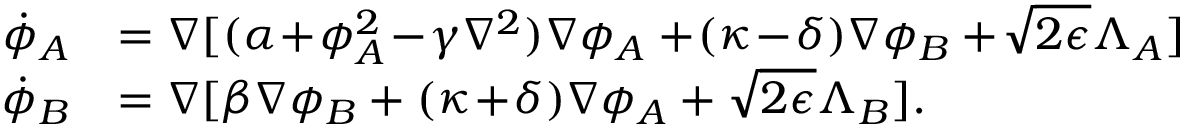
\begin{array} { r l } { \! \dot { \phi } _ { A } } & { = \nabla [ ( \alpha \! + \! \phi _ { A } ^ { 2 } \! - \! \gamma \nabla ^ { 2 } ) \nabla \phi _ { A } + \! ( \kappa \! - \! \delta ) \nabla \phi _ { B } + \! \sqrt { 2 \epsilon } \Lambda _ { A } ] } \\ { \! \dot { \phi } _ { B } } & { = \nabla [ \beta \nabla \phi _ { B } + ( \kappa \! + \! \delta ) \nabla \phi _ { A } + \sqrt { 2 \epsilon } \Lambda _ { B } ] . } \end{array}